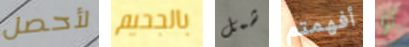
لأحصل بالجحيم شمل أفهمتم لو